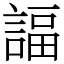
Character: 諨